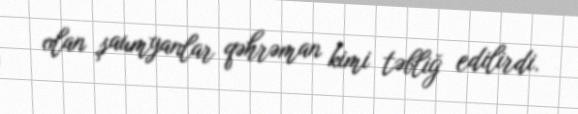
olan şaumyanlar qəhrəman kimi təbliğ edilirdi.